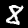
Label: 8